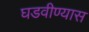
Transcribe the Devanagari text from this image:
घडवीण्यास